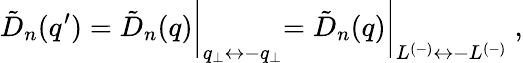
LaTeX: \tilde{D}_{n}(q^{\prime})=\tilde{D}_{n}(q)\biggl|_{q_{\perp}\leftrightarrow-q_{\perp}}=\tilde{D}_{n}(q)\biggl|_{L^{(-)}\leftrightarrow-L^{(-)}}~,